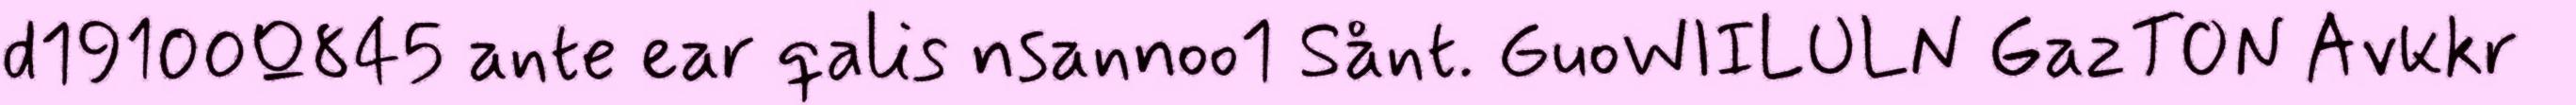
d19100Q845 ante ear qalis nsannoo1 Sånt. GuoWIILULN GazTON Avkkr